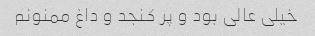
خیلی عالی بود و پر کنجد و داغ ممنونم